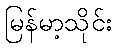
မြန်မာ့သိုင်း